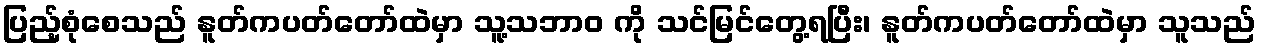
ပြည့်စုံစေသည် နူတ်ကပတ်တော်ထဲမှာ သူ့သဘာဝ ကို သင်မြင်တွေ့ရပြီး၊ နူတ်ကပတ်တော်ထဲမှာ သူသည်